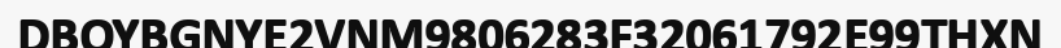
DBOYBGNYE2VNM9806283F32061792E99THXN